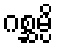
ဂစ္ဆမ္ပိ